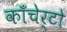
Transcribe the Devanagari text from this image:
काँचेर्टो